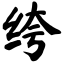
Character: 绔